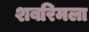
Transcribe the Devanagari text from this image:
शबरिमला